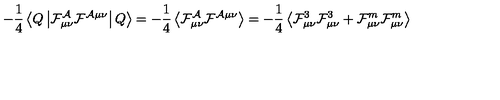
- \frac { 1 } { 4 } \left\langle Q \left| \cal F _ { \mu \nu } ^ { \cal A } \cal F ^ { \cal A \mu \nu } \right| Q \right\rangle = - \frac { 1 } { 4 } \left\langle \cal F _ { \mu \nu } ^ { \cal A } \cal F ^ { \cal A \mu \nu } \right\rangle = - \frac { 1 } { 4 } \left\langle { \cal F } _ { \mu \nu } ^ { 3 } { \cal F } _ { \mu \nu } ^ { 3 } + { \cal F } _ { \mu \nu } ^ { m } { \cal F } _ { \mu \nu } ^ { m } \right\rangle